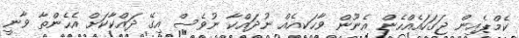
ކެމްޕެއިން ޖަގަހައެއްހެން އެނޫން ވާހަކއެއް ނުދައްކާ ނުވެސް އިގޭ ދައްކާކަށް އެހެންތާ ވާނީ